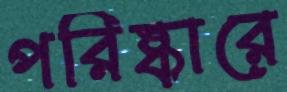
পরিষ্কারে